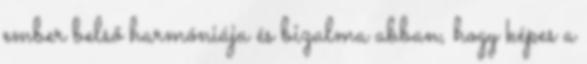
ember belső harmóniája és bizalma abban, hogy képes a